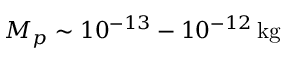
M _ { p } \sim 1 0 ^ { - 1 3 } - 1 0 ^ { - 1 2 } \, \mathrm { k g }